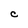
Character: C